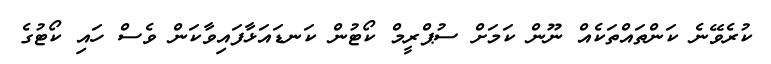
ކުރެވޭނެ ކަންތައްތަކެއް ނޫން ކަމަށް ސުޕްރީމް ކޯޓުން ކަނޑައަޅާފައިވާކަން ވެސް ހައި ކޯޓުގެ